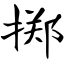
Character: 掷